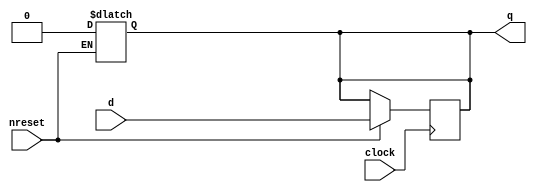
`timescale 1ns / 1ns
//////////////////////////////////////////////////////////////////////////////////
// Company: 
// Engineer: 
// 
// Design Name: 
// Module Name: DFlipFlop
// Project Name: 
// Target Devices: 
// Tool Versions: 
// Description: 
// 
// Dependencies: 
// 
// Revision:
// Revision 0.01 - File Created
// Additional Comments:
// 
//////////////////////////////////////////////////////////////////////////////////


module DFlipFlop(q,clock,nreset,d);
    output q;
    input clock,nreset,d;
    reg q;
    always @(posedge clock)
    begin
        if (nreset==1)
            q=d;
    end
    always @(nreset)
    begin
        if (nreset==0)
            q=0;
    end
endmodule